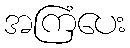
အကြံပေး